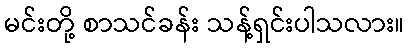
မင်းတို့ စာသင်ခန်း သန့်ရှင်းပါသလား။